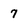
Character: 7